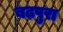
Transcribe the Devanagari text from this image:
बढ़पुरा